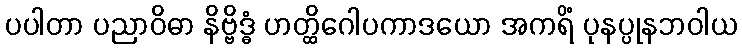
ပပါတာ ပညာဝိဓာ နိဗ္ဗိဒ္ဓံ ဟတ္ထိဂေါပကာဒယော အကရိံ ပုနပ္ပုနဘဝါယ